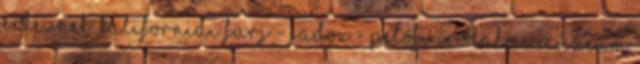
érkeznek. Kaliforniai fürj - JaDoX - Petőfi Irodalmi Múzeum